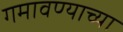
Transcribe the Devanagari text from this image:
गमावण्याच्या